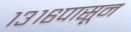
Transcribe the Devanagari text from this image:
१३१६पासून